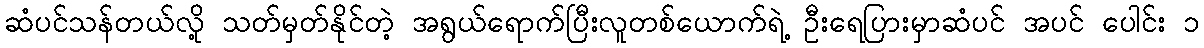
ဆံပင်သန်တယ်လို့ သတ်မှတ်နိုင်တဲ့ အရွယ်ရောက်ပြီးလူတစ်ယောက်ရဲ့ ဦးရေပြားမှာဆံပင် အပင် ပေါင်း ၁